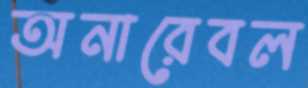
অনারেবল